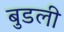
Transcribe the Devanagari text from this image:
बुडली